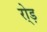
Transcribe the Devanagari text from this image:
रो्ड़